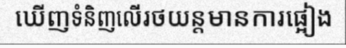
ឃើញទំនិញលើរថយន្តមានការផ្អៀង